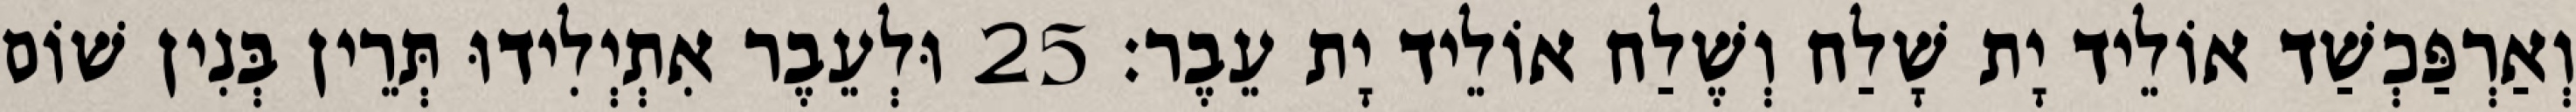
וְאַרְפַּכְשַׁד אוֹלֵיד יָת שָׁלַח וְשֶׁלַח אוֹלֵיד יָת עֵבֶר׃ 25 וּלְעֵבֶר אִתְיְלִידוּ תְּרֵין בְּנִין שׁוֹם